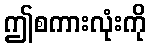
ဤစကားလုံးကို